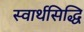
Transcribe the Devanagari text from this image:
स्वार्थसिद्धि